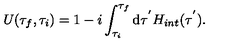
U ( \tau _ { f } , \tau _ { i } ) = 1 - i \int _ { \tau _ { i } } ^ { \tau _ { f } } \mathrm { d } \tau ^ { ' } H _ { i n t } ( \tau ^ { ' } ) .